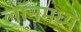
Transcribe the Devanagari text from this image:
लॉनमध्ये